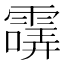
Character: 𩄺